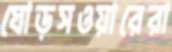
ঘোড়সওয়ারেরা